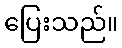
ပြေးသည်။